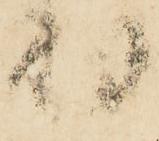
羽